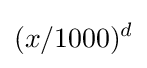
(x/1000)^{d}